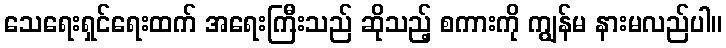
သေရေးရှင်ရေးထက် အရေးကြီးသည် ဆိုသည့် စကားကို ကျွန်မ နားမလည်ပါ။